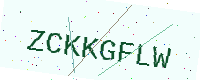
Text: ZCKKGFLW